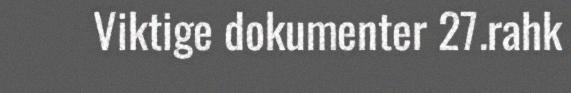
Viktige dokumenter 27.rahk